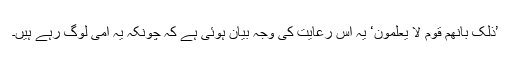
’ذٰلِکَ بِاَنَّھُمْ قَوْمٌ لَّا یَعْلَمُوْنَ‘ یہ اس رعایت کی وجہ بیان ہوئی ہے کہ چونکہ یہ امی لوگ رہے ہیں۔